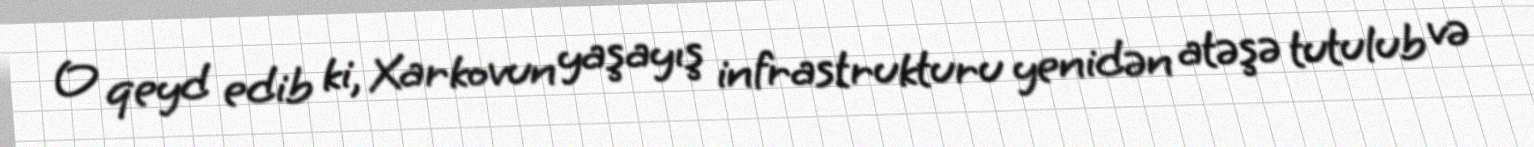
O qeyd edib ki, Xarkovun yaşayış infrastrukturu yenidən atəşə tutulub və